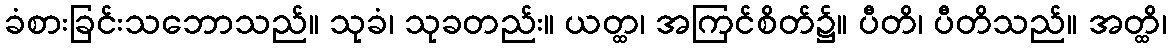
ခံစားခြင်းသဘောသည်။ သုခံ၊ သုခတည်း။ ယတ္ထ၊ အကြင်စိတ်၌။ ပီတိ၊ ပီတိသည်။ အတ္ထိ၊